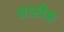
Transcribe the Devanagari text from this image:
शास्त्रैक